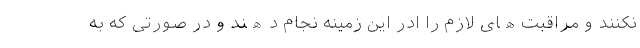
نکنند و مراقبت‌ھای لازم را ادر این زمینه نجام دھند و در صورتی که به